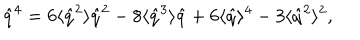
\hat { q } ^ { 4 } = 6 \langle \hat { q } ^ { 2 } \rangle \hat { q } ^ { 2 } - 8 \langle \hat { q } ^ { 3 } \rangle \hat { q } + 6 \langle \hat { q } \rangle ^ { 4 } - 3 \langle \hat { q } ^ { 2 } \rangle ^ { 2 } ,